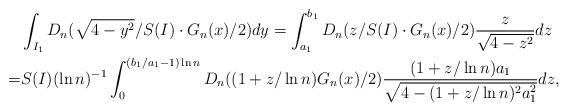
LaTeX: \begin{align*}&\int_{I_1}D_n(\sqrt{4-y^2}/S(I) \cdot G_n(x)/2)dy= \int_{a_1}^{b_1}D_n(z/S(I) \cdot G_n(x)/2)\frac{z}{\sqrt{4-z^2}}dz\\ =& S(I)(\ln n)^{-1}\int_{0}^{(b_1/a_1-1)\ln n}D_n((1+z/\ln n) G_n(x)/2)\frac{(1+z/\ln n)a_1}{\sqrt{4-(1+z/\ln n)^2a_1^2}}dz,\end{align*}